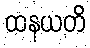
ထနယတိ